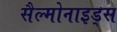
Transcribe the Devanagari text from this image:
सैल्मोनाइड्स